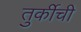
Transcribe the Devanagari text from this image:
तुर्कीची